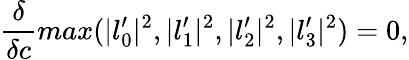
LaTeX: {\frac{\delta}{\delta c}}max(|l_{0}^{\prime}|^{2},|l_{1}^{\prime}|^{2},|l_{2}^{\prime}|^{2},|l_{3}^{\prime}|^{2})=0,